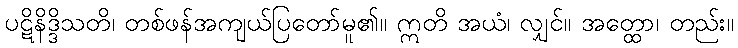
ပဋိနိဒ္ဒိသတိ၊ တစ်ဖန်အကျယ်ပြတော်မူ၏။ ဣတိ အယံ၊ လျှင်။ အတ္ထော၊ တည်း။